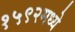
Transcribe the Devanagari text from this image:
१५९२मध्ये